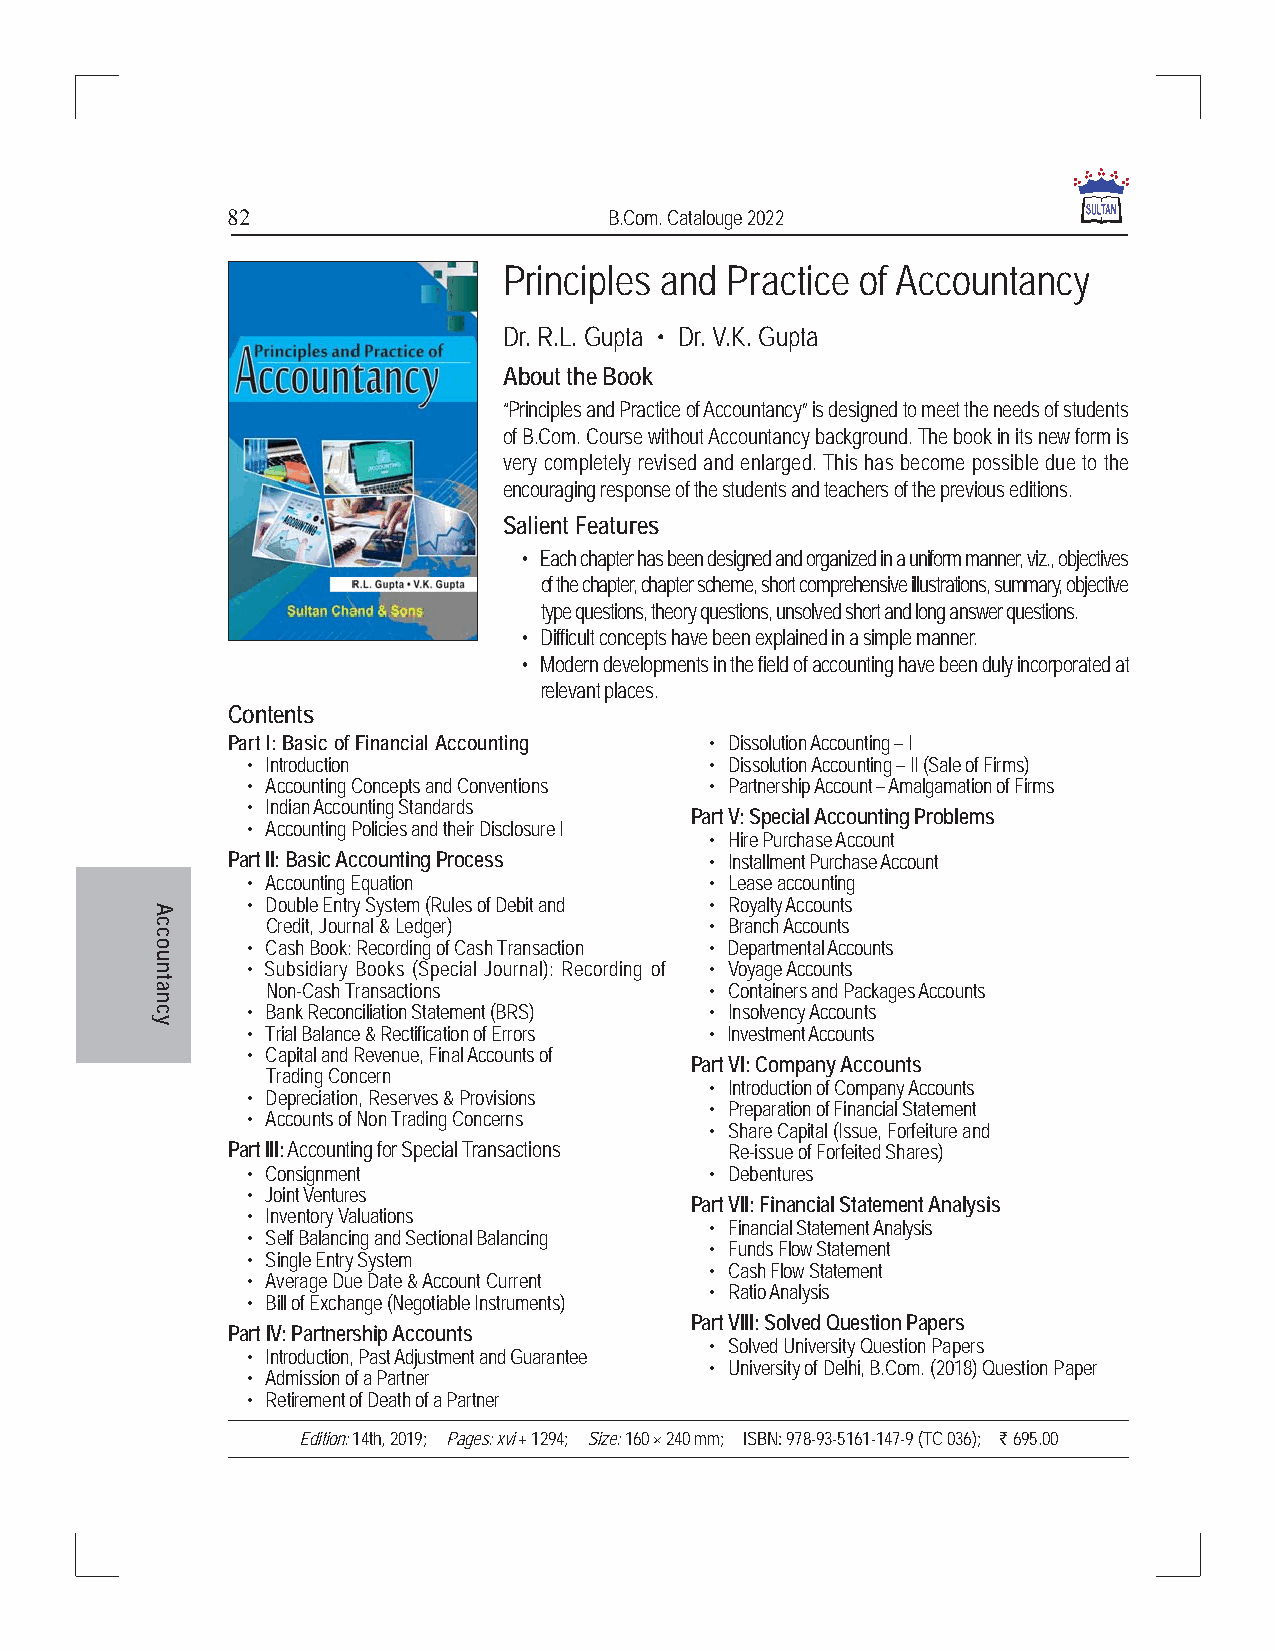
82                       B.Com. Catalouge 2022
 Principles and Practice of Accountancy
 Dr. R.L. Gupta • Dr. V.K. Gupta
 About the Book
 “Principles and Practice of Accountancy” is designed to meet the needs of students
 of B.Com. Course without Accountancy background. The book in its new form is
 very completely revised and enlarged. This has become possible due to the
 encouraging response of the students and teachers of the previous editions.
 Salient Features
 • Each chapter has been designed and organized in a uniform manner, viz., objectives
 of the chapter, chapter scheme, short comprehensive illustrations, summary, objective
 type questions, theory questions, unsolved short and long answer questions.
 • Difficult concepts have been explained in a simple manner.
 • Modern developments in the field of accounting have been duly incorporated at
 relevant places.
 Contents
 Part I: Basic of Financial Accounting • Dissolution Accounting – I
 • Introduction                 • Dissolution Accounting – II (Sale of Firms)
 • Accounting Concepts and Conventions • Partnership Account – Amalgamation of Firms
 • Indian Accounting Standards
 Part V: Special Accounting Problems
 • Accounting Policies and their Disclosure I
 • Hire Purchase Account
 Part II: Basic Accounting Process • Installment Purchase Account
 • Accounting Equation          • Lease accounting
 • Double Entry System (Rules of Debit and • Royalty Accounts
 Credit, Journal & Ledger)    • Branch Accounts
 • Cash Book: Recording of Cash Transaction • Departmental Accounts
 • Subsidiary Books (Special Journal): Recording of • Voyage Accounts
 Non-Cash Transactions        • Containers and Packages Accounts
 • Bank Reconciliation Statement (BRS) • Insolvency Accounts
 • Trial Balance & Rectification of Errors • Investment Accounts
 • Capital and Revenue, Final Accounts of
 Part VI: Company Accounts
 Trading Concern
 • Introduction of Company Accounts
 • Depreciation, Reserves & Provisions
 • Preparation of Financial Statement
 • Accounts of Non Trading Concerns
 • Share Capital (Issue, Forfeiture and
 Part III: Accounting for Special Transactions Re-issue of Forfeited Shares)
 • Consignment                  • Debentures
 • Joint Ventures
 Part VII: Financial Statement Analysis
 • Inventory Valuations
 • Financial Statement Analysis
 • Self Balancing and Sectional Balancing
 • Funds Flow Statement
 • Single Entry System
 • Cash Flow Statement
 • Average Due Date & Account Current
 • Ratio Analysis
 • Bill of Exchange (Negotiable Instruments)
 Part VIII: Solved Question Papers
 Part IV: Partnership Accounts
 • Solved University Question Papers
 • Introduction, Past Adjustment and Guarantee
 • University of Delhi, B.Com. (2018) Question Paper
 • Admission of a Partner
 • Retirement of Death of a Partner
 Edition: 14th, 2019; Pages: xvi + 1294; Size: 160 × 240 mm; ISBN: 978-93-5161-147-9 (TC 036); ` 695.00
 Accountancy